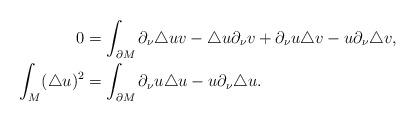
LaTeX: \begin{align*}0&=\int_{\partial M}\partial_\nu\triangle uv-\triangle u\partial_\nu v+\partial_\nu u \triangle v-u\partial_\nu\triangle v,\\\int_M(\triangle u)^2&=\int_{\partial M}\partial_\nu u \triangle u-u\partial_\nu\triangle u.\\\end{align*}